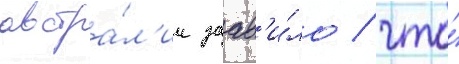
австра́л'ии заав'и́ло / что́